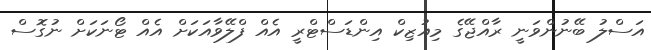
އަސްލު ބޭނުންވަނީ ރާއްޖޭގެ މިއުޒިކް އިންޑަސްޓްރީ އެއް ފްލޭވާއަކަށް އެއް ޓޯނަކަށް ނުގޮސް